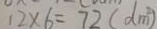
1 2 \times 6 = 7 2 ( d m ^ { 2 } )